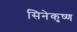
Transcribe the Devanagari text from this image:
सिनेकृष्ण